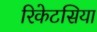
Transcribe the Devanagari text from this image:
रिकेटसिया